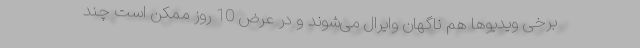
برخی ویدیوها هم ناگهان وایرال می‌شوند و در عرض 10 روز ممکن است چند